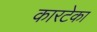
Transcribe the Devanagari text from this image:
कारटेका